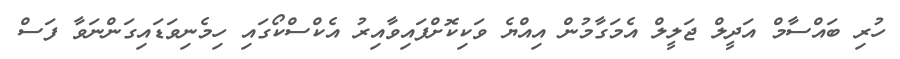
ހުރި ބައްސާމް އަދީލް ޖަލީލް އެމަގާމުން އިއްޔެ ވަކިކޮށްފައިވާއިރު އެކްސްކޯގައި ހިމެނިވަޑައިގަންނަވާ ފަސް